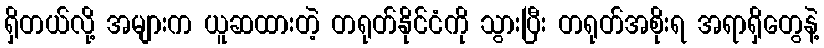
ရှိတယ်လို့ အများက ယူဆထားတဲ့ တရုတ်နိုင်ငံကို သွားပြီး တရုတ်အစိုးရ အရာရှိတွေနဲ့